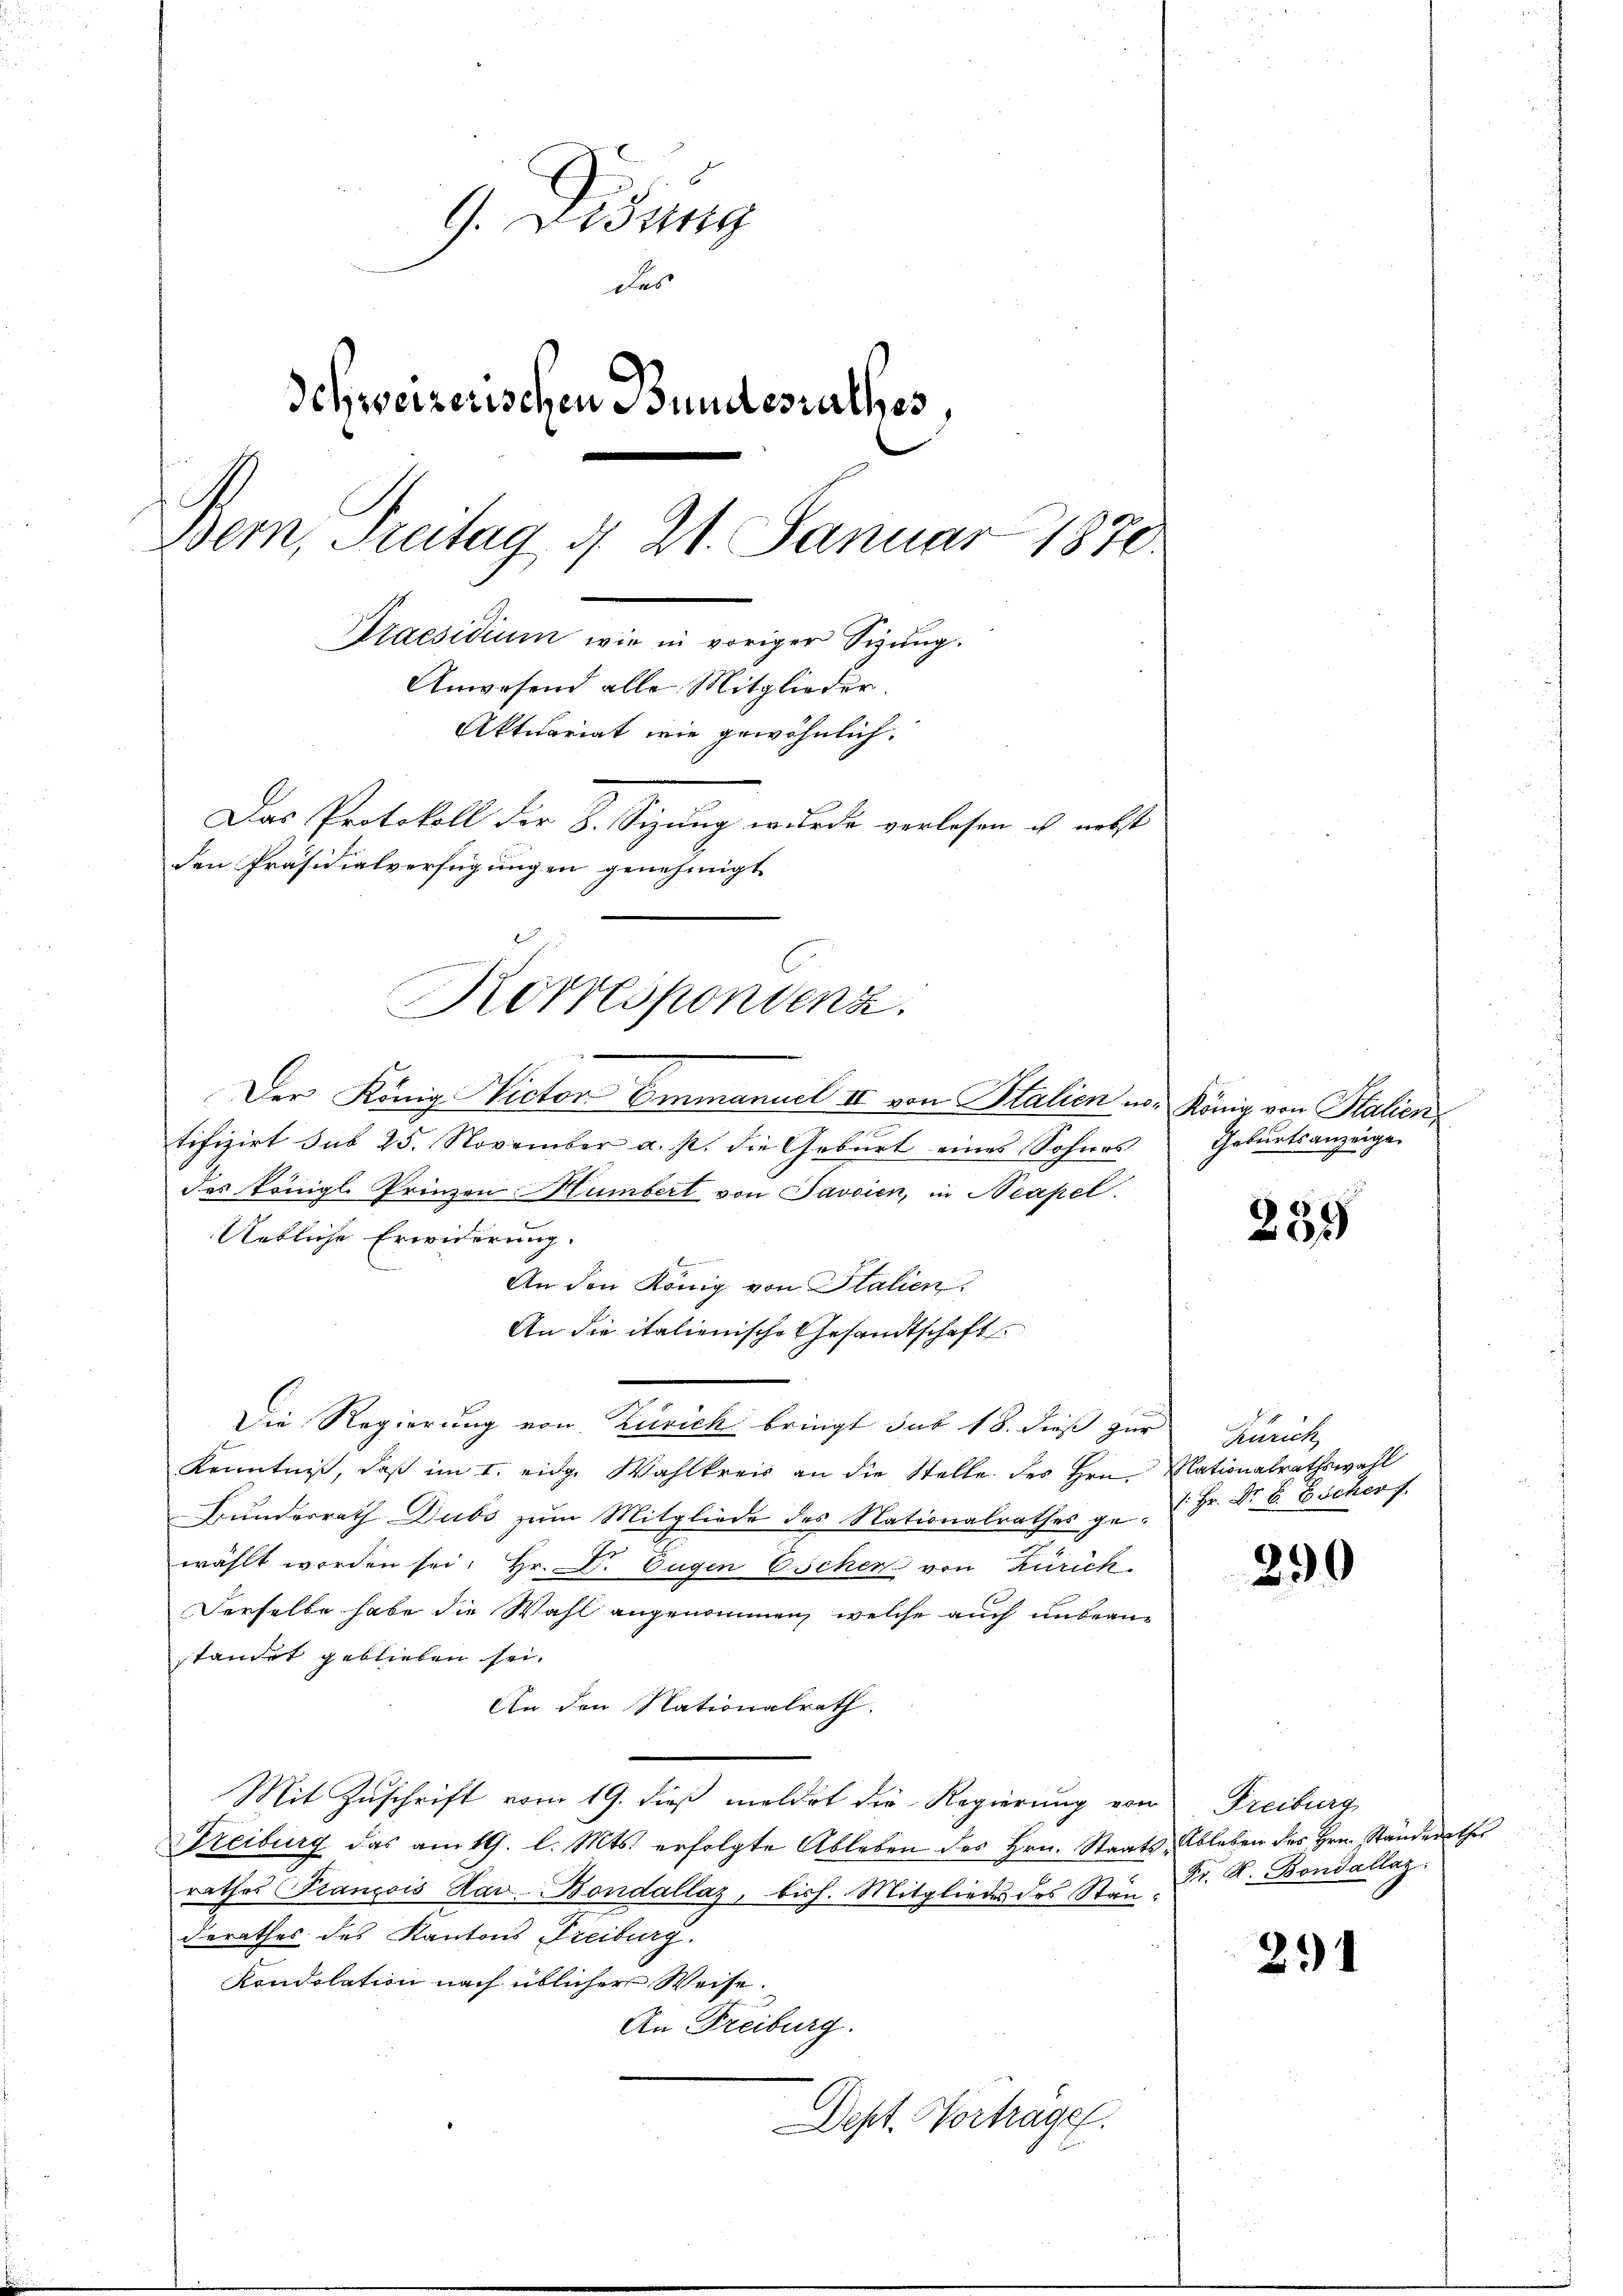
9. Didung
das
Schweizerischen Bundesrathes,
Bern, Freitag d. 21. Januar 1870.
Praesidium wie in voriger Sizung.
Anwesend alle Mitglieder.
Aktuariat wie gewöhnlich.
Das Protokoll der B. Sizung wurde verlesen ich nebst
den Präsidialverfügungen genehmigt

Der König. Victor Emmanuel II von Stalien no. König von Stalien,
tifizirt sub 25. November a. p. die Geburt eines Sohnes
des Königl. Prinzen Humbert von Javaien, in Neapel.
Uebliche Erwiderung.
An den König von Italien.
An die italienische Gesandtschaft
Die Regierung von Zürich bringt sub 18. dieß zur Zürich,
1
Kenntniß, daß im I. eidge Wahlkreis an die Stelle des Hrn. Nationalrathswahl
Bundesrath Dubs zum Mitgliede des Nationalrathes ge-  Hr. Dr. B. Zscher f
wählt worden sei. Hr. Dr. Eugen Eschen von Zürich
Derselbe habe die Wahl angenommen, welche auch unbeanstandet geblieben sei.
An den Nationalrath.
Mit Zuschrift vom 19. dieß meldet die Regierung von
Freiburg das am 19. l. Mts. erfolgte Ableben des Hrn. Staats- Ableben des Hrn. Ständerathes
rathes François Hav-Bondallaz, bish. Mitgliedes des Stan. Dr. R. Bondallaz
derathes des Kantons Freiburg.
Kondolation nach üblicher Weise.
An Freiburg.
Dept. Vortrage.

Korrespondenz.

Geburtsanzeige

259

290

Freiburg

21